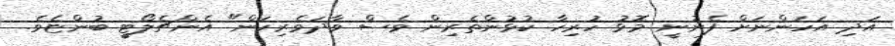
އަދި އަހަންނަށް ފެނުނީ މޮޅު ހުރިހާ ކުޅުންތެރިން ވެސް ވާދަވެރިކަަން" އެންޗެލޯޓީ ބުންޏެވެ.